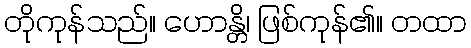
တိုကုန်သည်။ ဟောန္တိ၊ ဖြစ်ကုန်၏။ တထာ